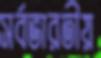
সর্বভারতীয়